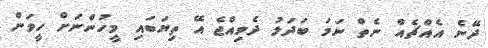
ދޭނެ އެއްޗެއް ނެތް ނަމަ ބަދަލު ދެވިއްޖެ އޭ ތިޔަބައި މީހުންނަށް ހީވަން